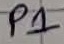
Text: P1